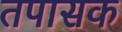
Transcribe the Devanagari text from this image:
तपासक